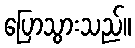
ပြောသွားသည်။